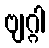
ဗျဂ္ဂါ